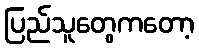
ပြည်သူတွေကတော့